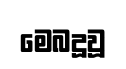
මෙබදූවූ